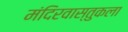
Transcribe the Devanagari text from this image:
मंदिरवास्तुकला